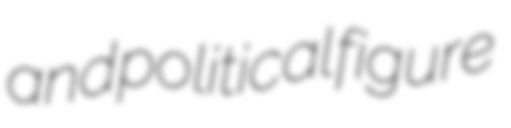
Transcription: and political figure